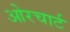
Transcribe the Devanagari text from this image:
ओरचार्ट